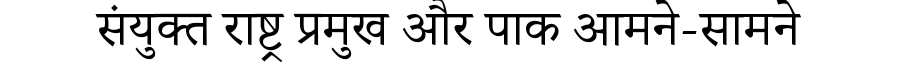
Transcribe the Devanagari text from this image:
संयुक्त राष्ट्र प्रमुख और पाक आमने-सामने